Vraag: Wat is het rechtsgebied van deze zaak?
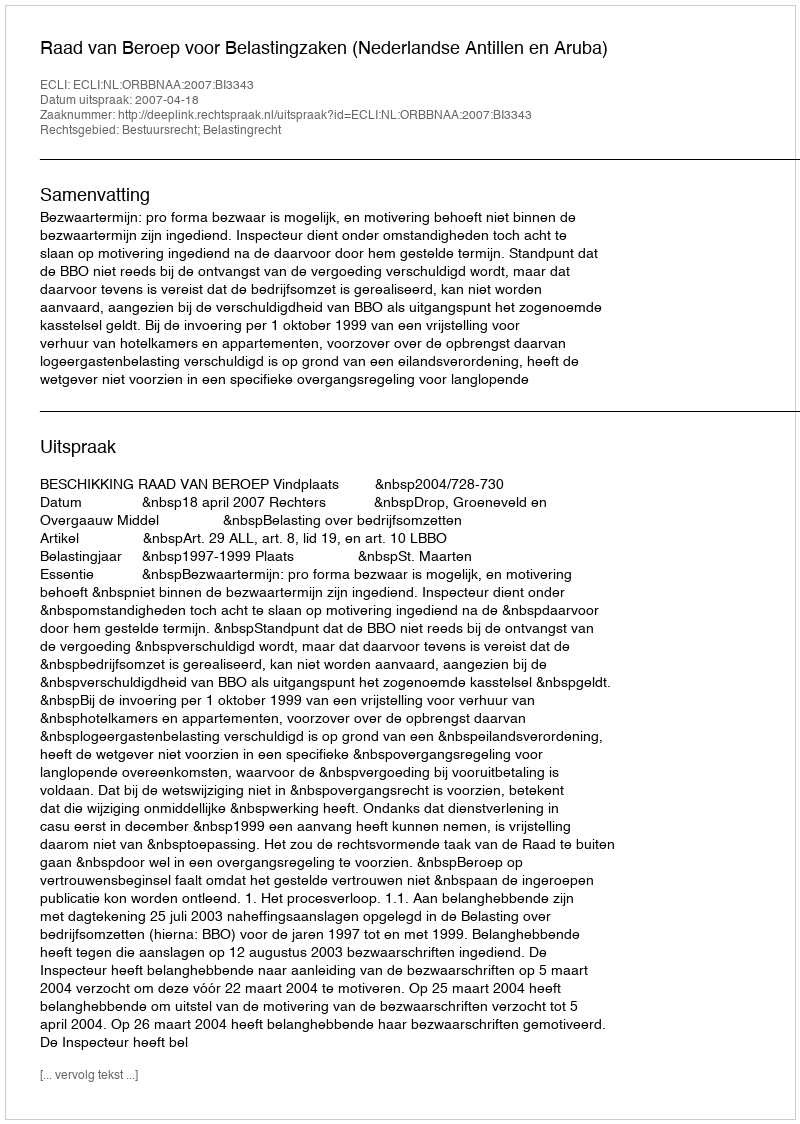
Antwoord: Bestuursrecht; Belastingrecht